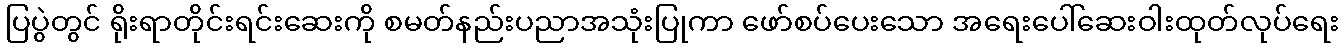
ပြပွဲတွင် ရိုးရာတိုင်းရင်းဆေးကို စမတ်နည်းပညာအသုံးပြုကာ ဖော်စပ်ပေးသော အရေးပေါ်ဆေးဝါးထုတ်လုပ်ရေး